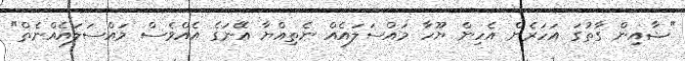
"ޝާއިން ގާތުގަ އަހަރެން އެހިން ޔޫހާ މައްސަލައެއް ނެތިއްޔާ އޭނަގެ އެއްވެސް މައްސަލައެއްނެތް"